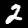
Label: 2